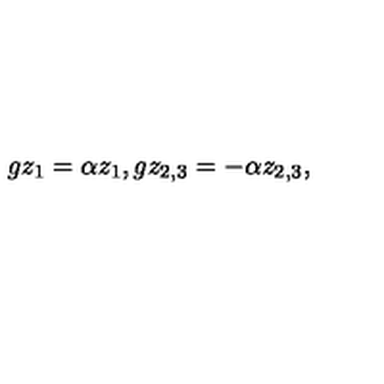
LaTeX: g z _ { 1 } = \alpha z _ { 1 } , g z _ { 2 , 3 } = - \alpha z _ { 2 , 3 } ,